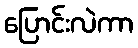
ပြောင်းလဲကာ